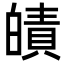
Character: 皟